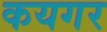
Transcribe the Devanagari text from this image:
कयगर